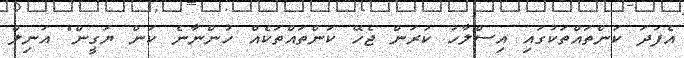
އެފަދަ ކަންތައްތަކުގައި އިސްލާހު ކުރަން ޖެހޭ ކަންތައްތަކެއް ހުންނާނެ ކަން ޔަގީން" އަނިލް